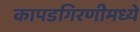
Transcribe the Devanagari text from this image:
कापडगिरणीमध्ये